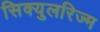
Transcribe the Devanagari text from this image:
सिक्युलरिज्म